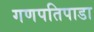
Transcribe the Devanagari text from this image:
गणपतिपाडा